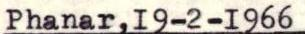
Phanar,I9-2-I966